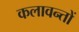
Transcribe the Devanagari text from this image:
कलावन्तों